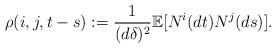
LaTeX: \begin{align*}\rho(i,j,t-s):=\frac{1}{(d\delta)^{2}}\mathbb{E}[N^{i}(dt)N^{j}(ds)].\end{align*}